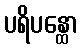
ပရိပန္ထော